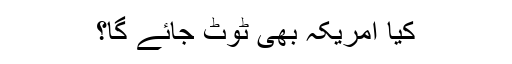
کیا امریکہ بھی ٹوٹ جائے گا؟